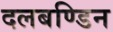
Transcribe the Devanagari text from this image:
दलबण्डिन